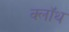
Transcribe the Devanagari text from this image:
क्‍लॉथ